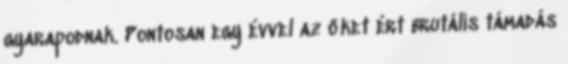
gyarapodnak. Pontosan egy évvel az őket ért brutális támadás